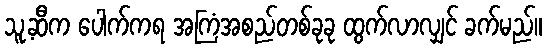
သူ့ဆီက ပေါက်ကရ အကြံအစည်တစ်ခုခု ထွက်လာလျှင် ခက်မည်။